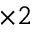
\times 2